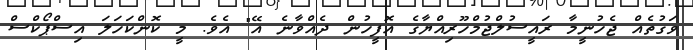
ވަގުތެއް ޖެހުނީމާ ރައީސުލްޖުމްހޫރިއްޔާގެ އޮފީހުން ދެއްވާނެ އޭ" އެވެ. މީ ކޮންކަހަލަ އިސްޕޯކްސް